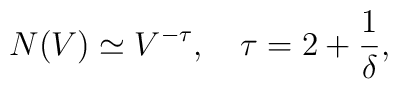
N(V) \simeq V^{-\tau}, ~~~  \tau = 2 + \frac{1}{\delta},